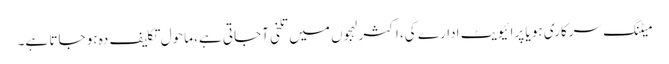
میٹنگ سرکاری ہو یا پرائیویٹ ادارے کی، اکثر لہجوں میں تلخی آجاتی ہے، ماحول تکلیف دہ ہو جاتا ہے۔